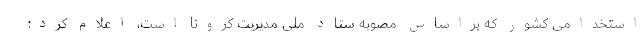
استخدامی کشور که براساس مصوبه ستاد ملی مدیریت کرونا است، اعلام کرد: